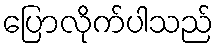
ပြောလိုက်ပါသည်